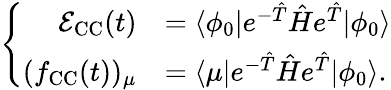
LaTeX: \left\lbrace\begin{array}{rl}{\mathcal{E}_{\mathrm{CC}}(t)}&{=\langle\phi_{0}\vert e^{-\hat{T}}\hat{H}e^{\hat{T}}\vert\phi_{0}\rangle}\\ {(f_{\mathrm{CC}}(t))_{\mu}}&{=\langle\mu\vert e^{-\hat{T}}\hat{H}e^{\hat{T}}\vert\phi_{0}\rangle.}\end{array}\right.